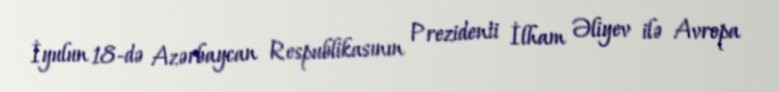
İyulun 18-də Azərbaycan Respublikasının Prezidenti İlham Əliyev ilə Avropa